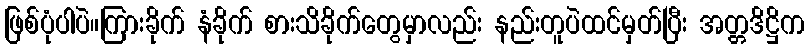
ဖြစ်ပုံပါပဲ။ကြားခိုက် နံခိုက် စားသိခိုက်တွေမှာလည်း နည်းတူပဲထင်မှတ်ပြီး အတ္တဒိဋ္ဌိက